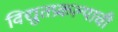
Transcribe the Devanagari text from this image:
विद्युतप्रकल्पाची